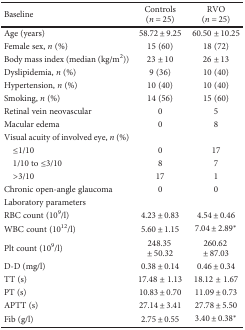
<table><thead><tr><td><b>Baseline</b></td><td><b>Controls (<i>n</i> = 25)</b></td><td><b>RVO (<i>n</i> = 25)</b></td></tr></thead><tbody><tr><td>Age (years)</td><td>58.72 ± 9.25</td><td>60.50 ± 10.25</td></tr><tr><td>Female sex, <i>n</i> (%)</td><td>15 (60)</td><td>18 (72)</td></tr><tr><td>Body mass index (median (kg/m<sup>2</sup>))</td><td>23 ± 10</td><td>26 ± 13</td></tr><tr><td>Dyslipidemia, <i>n</i> (%)</td><td>9 (36)</td><td>10 (40)</td></tr><tr><td>Hypertension, <i>n</i> (%)</td><td>10 (40)</td><td>10 (40)</td></tr><tr><td>Smoking, <i>n</i> (%)</td><td>14 (56)</td><td>15 (60)</td></tr><tr><td>Retinal vein neovascular</td><td>0</td><td>5</td></tr><tr><td>Macular edema</td><td>0</td><td>8</td></tr><tr><td>Visual acuity of involved eye, <i>n</i> (%)</td><td></td><td></td></tr><tr><td> ≤1/10</td><td>0</td><td>17</td></tr><tr><td> 1/10 to ≤3/10</td><td>8</td><td>7</td></tr><tr><td> &gt;3/10</td><td>17</td><td>1</td></tr><tr><td>Chronic open-angle glaucoma</td><td>0</td><td>0</td></tr><tr><td>Laboratory parameters</td><td></td><td></td></tr><tr><td>RBC count (10<sup>9</sup>/l)</td><td>4.23 ± 0.83</td><td>4.54 ± 0.46</td></tr><tr><td>WBC count (10<sup>12</sup>/l)</td><td>5.60 ± 1.15</td><td>7.04 ± 2.89<sup>∗</sup></td></tr><tr><td>Plt count (10<sup>9</sup>/l)</td><td>248.35 ± 50.32</td><td>260.62 ± 87.03</td></tr><tr><td>D-D (mg/l)</td><td>0.38 ± 0.14</td><td>0.46 ± 0.34</td></tr><tr><td>TT (s)</td><td>17.48 ± 1.13</td><td>18.12 ± 1.67</td></tr><tr><td>PT (s)</td><td>10.83 ± 0.70</td><td>11.09 ± 0.73</td></tr><tr><td>APTT (s)</td><td>27.14 ± 3.41</td><td>27.78 ± 5.50</td></tr><tr><td>Fib (g/l)</td><td>2.75 ± 0.55</td><td>3.40 ± 0.38<sup>∗</sup></td></tr></tbody></table>